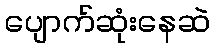
ပျောက်ဆုံးနေဆဲ